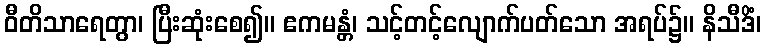
ဝီတိသာရေတွာ၊ ပြီးဆုံးစေ၍။ ဧကမန္တံ၊ သင့်တင့်လျောက်ပတ်သော အရပ်၌။ နိသီဒိံ၊